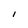
Character: l